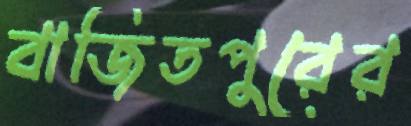
বাজিতপুরের